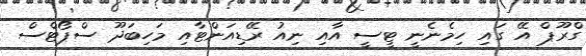
ގްރޫޕް އޭ ގައި ހިމެނެނީ ޓީސީ އާއި ނިއު ރޭޑިއަންޓާއި މަހިބަދޫ ސްޕޯޓްސް